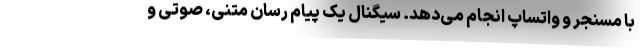
با مسنجر و واتساپ انجام می‌دهد. سیگنال یک پیام رسان متنی، صوتی و